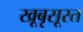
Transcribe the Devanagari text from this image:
खूबृसूरत